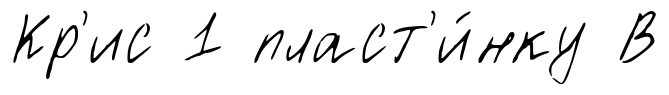
Кр'ис 1 пласт'и́нку В